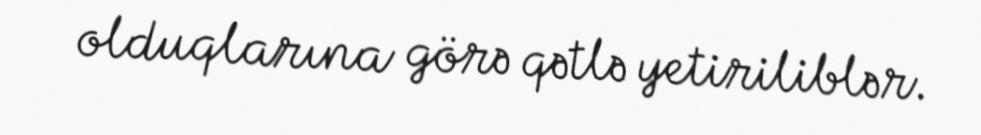
olduqlarına görə qətlə yetiriliblər.